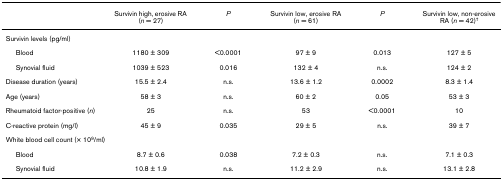
<table><thead><tr><td></td><td><b>Survivin high, erosive RA (<i>n </i>= 27)</b></td><td><b><i>P</i></b></td><td><b>Survivin low, erosive RA (<i>n </i>= 61)</b></td><td><b><i>P</i></b></td><td><b>Survivin low, non-erosive RA (<i>n </i>= 42)<sup>†</sup></b></td></tr></thead><tbody><tr><td>Survivin levels (pg/ml)</td><td></td><td></td><td></td><td></td><td></td></tr><tr><td> Blood</td><td>1180 ± 309</td><td>&lt;0.0001</td><td>97 ± 9</td><td>0.013</td><td>127 ± 5</td></tr><tr><td> Synovial fluid</td><td>1039 ± 523</td><td>0.016</td><td>132 ± 4</td><td>n.s.</td><td>124 ± 2</td></tr><tr><td>Disease duration (years)</td><td>15.5 ± 2.4</td><td>n.s.</td><td>13.6 ± 1.2</td><td>0.0002</td><td>8.3 ± 1.4</td></tr><tr><td>Age (years)</td><td>58 ± 3</td><td>n.s.</td><td>60 ± 2</td><td>0.05</td><td>53 ± 3</td></tr><tr><td>Rheumatoid factor-positive (<i>n</i>)</td><td>25</td><td>n.s.</td><td>53</td><td>&lt;0.0001</td><td>10</td></tr><tr><td>C-reactive protein (mg/l)</td><td>45 ± 9</td><td>0.035</td><td>29 ± 5</td><td>n.s.</td><td>39 ± 7</td></tr><tr><td>White blood cell count (× 10<sup>9</sup>/ml)</td><td></td><td></td><td></td><td></td><td></td></tr><tr><td> Blood</td><td>8.7 ± 0.6</td><td>0.038</td><td>7.2 ± 0.3</td><td>n.s.</td><td>7.1 ± 0.3</td></tr><tr><td> Synovial fluid</td><td>10.8 ± 1.9</td><td>n.s.</td><td>11.2 ± 2.9</td><td>n.s.</td><td>13.1 ± 2.8</td></tr></tbody></table>